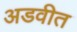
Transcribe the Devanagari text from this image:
अडवीत